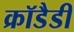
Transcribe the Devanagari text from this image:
क्रॉडैडी